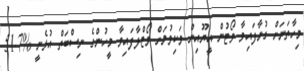
މިހާތަނަށް ގުނާފައިވާ ވޯޓުން އީޔޫއިން ވަކިވުމަށް ވޯޓްލާފައިވާ މީހުންގެ ނިސްބަތް އުޅެނީ %51.7